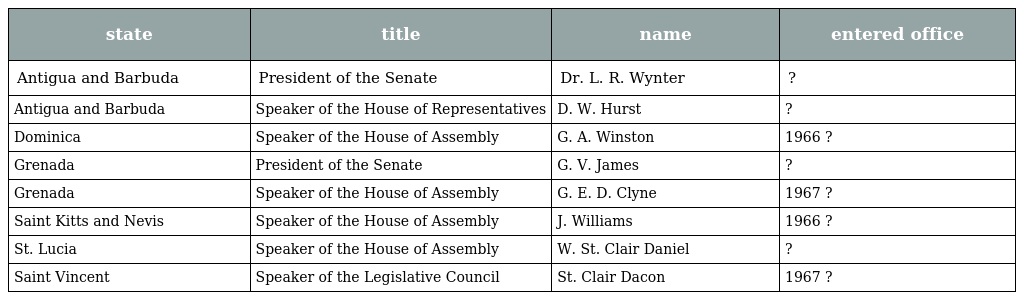
| state | title | name | entered office |
 | --- | --- | --- | --- |
 | Antigua and Barbuda | President of the Senate | Dr. L. R. Wynter | ? |
 | Antigua and Barbuda | Speaker of the House of Representatives | D. W. Hurst | ? |
 | Dominica | Speaker of the House of Assembly | G. A. Winston | 1966 ? |
 | Grenada | President of the Senate | G. V. James | ? |
 | Grenada | Speaker of the House of Assembly | G. E. D. Clyne | 1967 ? |
 | Saint Kitts and Nevis | Speaker of the House of Assembly | J. Williams | 1966 ? |
 | St. Lucia | Speaker of the House of Assembly | W. St. Clair Daniel | ? |
 | Saint Vincent | Speaker of the Legislative Council | St. Clair Dacon | 1967 ? |